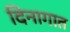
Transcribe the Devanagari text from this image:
दिनागात